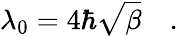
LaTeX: \lambda_{0}=4\hbar\sqrt{\beta}\quad.